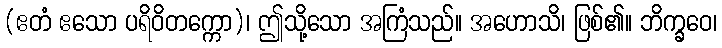
(ဧတံ ဧသော ပရိဝိတက္ကော)၊ ဤသို့သော အကြံသည်။ အဟောသိ၊ ဖြစ်၏။ ဘိက္ခဝေ၊